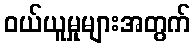
ဝယ်ယူမှုများအတွက်